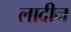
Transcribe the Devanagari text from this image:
लादीन